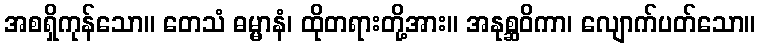
အစရှိကုန်သော။ တေသံ ဓမ္မာနံ၊ ထိုတရားတို့အား။ အနုစ္ဆဝိကာ၊ လျောက်ပတ်သော။